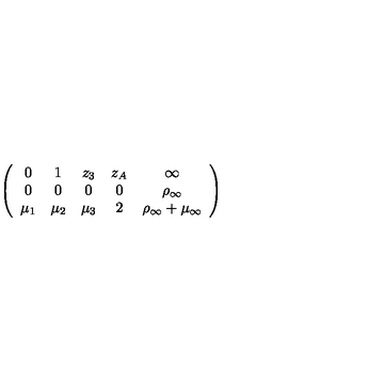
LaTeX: \left( \begin{array} { c c c c c } { 0 } & { 1 } & { z _ { 3 } } & { z _ { A } } & { \infty } \\ { 0 } & { 0 } & { 0 } & { 0 } & { \rho _ { \infty } } \\ { \mu _ { 1 } } & { \mu _ { 2 } } & { \mu _ { 3 } } & { 2 } & { \rho _ { \infty } + \mu _ { \infty } } \\ \end{array} \right)